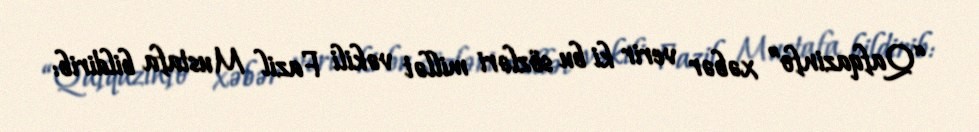
“Qafqazinfo” xəbər verir ki bu sözləri millət vəkili Fazil Mustafa bildirib: